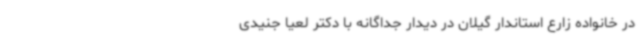
در خانواده زارع استاندار گیلان در دیدار جداگانه با دکتر لعیا جنیدی